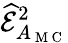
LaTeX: \widehat{\mathcal{E}}_{A_{\mathrm{~M~C~}}}^{2}